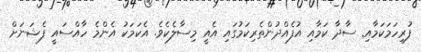
ފުރިހަމަކަމާއި